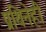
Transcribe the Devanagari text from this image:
प्रथिनेही